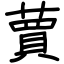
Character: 蕒